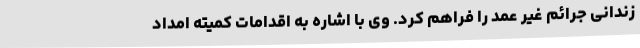
زندانی جرائم غیر عمد را فراهم کرد. وی با اشاره به اقدامات کمیته امداد